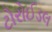
ટોરોઈડલ